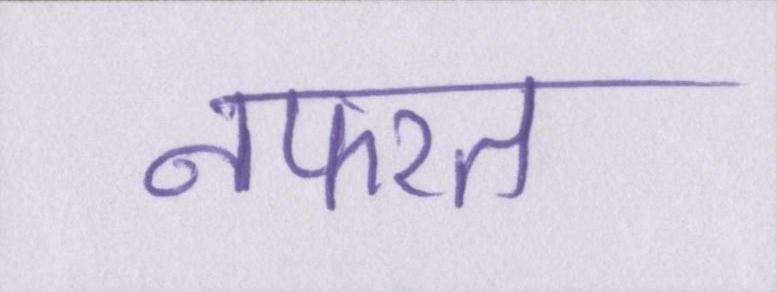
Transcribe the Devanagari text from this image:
नफरत